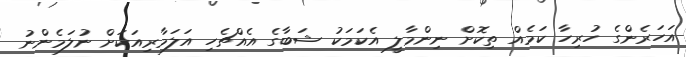
އަހަރެންގެ ހުރިހާ ކަމެއް ތިކޮށް ނިންމާލީ އެކަމަކު ޝަބާގެ އެއްޗެހި އަލަމާރިއަކަށް ނުލަމެންނު